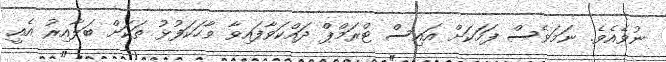
ނުވެއެވެ. ނަމަވެސް ފަހަކަށް އައިސް ޓްރަމްޕް ދައްކަވާފައިވާ ވާހަކަފުޅު ތަކަށް ބަލާއިރު އެއީ